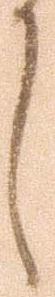
し